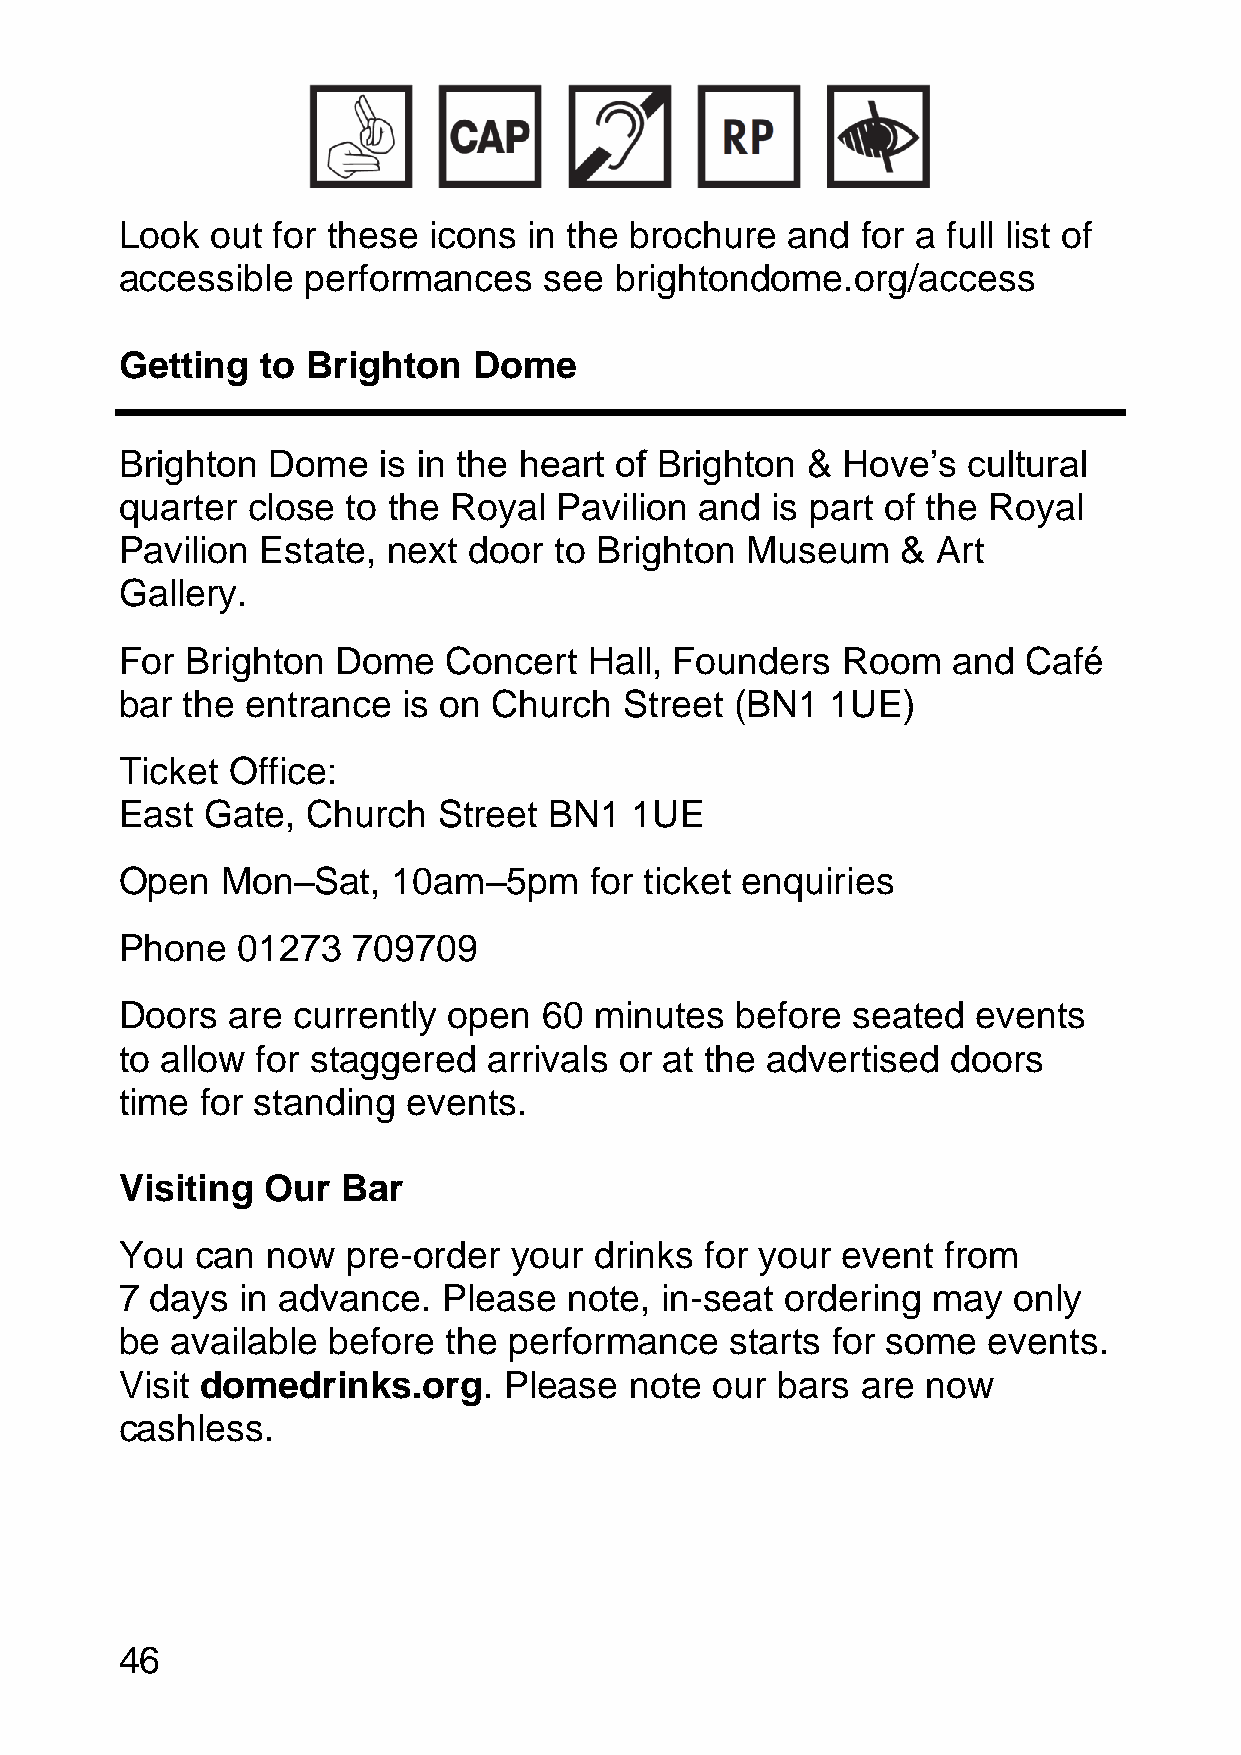
Look  out for these icons  in the brochure  and  for a full list of
 accessible  performances    see  brightondome.org/access
 Getting  to Brighton   Dome
 Brighton  Dome   is in the heart of Brighton &  Hove’s  cultural
 quarter close  to the Royal  Pavilion and  is part of the Royal
 Pavilion Estate,  next door  to Brighton Museum     & Art
 Gallery.
 For Brighton  Dome   Concert   Hall, Founders   Room   and  Café
 bar the entrance   is on Church  Street  (BN1  1UE)
 Ticket Office:
 East  Gate, Church   Street BN1   1UE
 Open   Mon–Sat,   10am–5pm     for ticket enquiries
 Phone   01273  709709
 Doors  are currently  open  60 minutes   before seated   events
 to allow for staggered  arrivals or at the advertised  doors
 time for standing  events.
 Visiting  Our  Bar
 You  can  now  pre-order  your drinks  for your event from
 7 days  in advance.  Please   note, in-seat ordering  may  only
 be available  before  the performance   starts for some  events.
 Visit domedrinks.org.    Please   note our bars  are now
 cashless.
 46